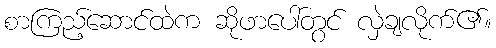
စာကြည့်ဆောင်ထဲက ဆိုဖာပေါ်တွင် လှဲချလိုက်၏။